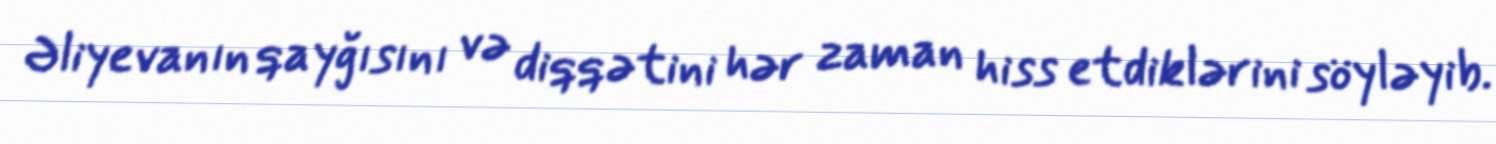
Əliyevanın qayğısını və diqqətini hər zaman hiss etdiklərini söyləyib.